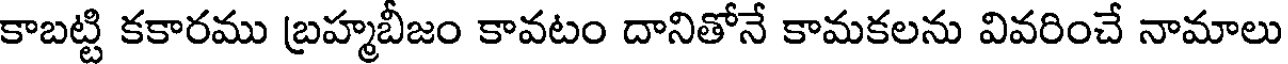
కాబట్టి కకారము బ్రహ్మబీజం కావటం దానితోనే కామకలను వివరించే నామాలు